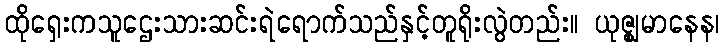
ထိုရှေးကသူဌေးသားဆင်းရဲရောက်သည်နှင့်တူရိုးလွဲတည်း။ ယုဇ္ဈမာနေန၊